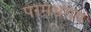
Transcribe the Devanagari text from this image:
परमेश्वराय